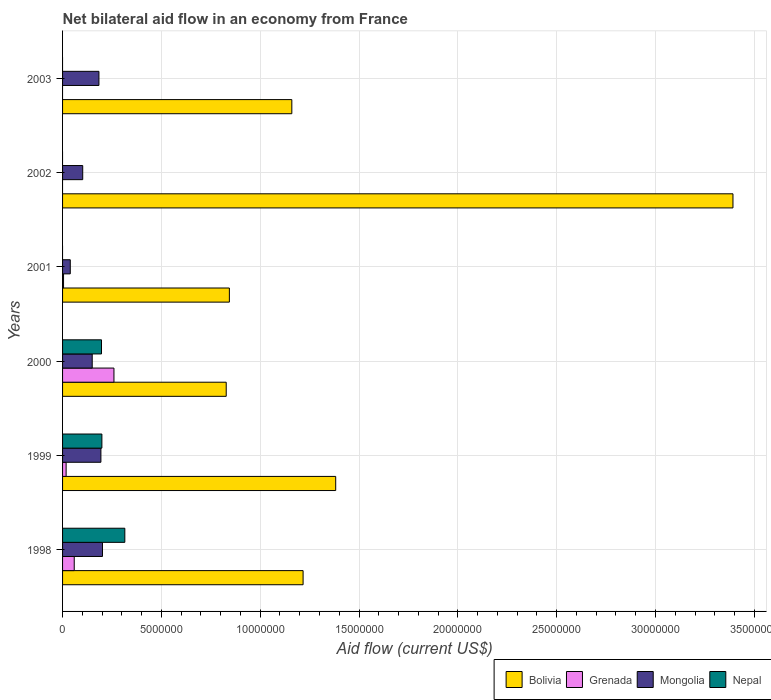
| Years | Bolivia | Grenada | Mongolia | Nepal |
 | --- | --- | --- | --- | --- |
 | 1998 | 1.22e+07 | 5.9e+05 | 2.02e+06 | 3.15e+06 |
 | 1999 | 1.38e+07 | 1.8e+05 | 1.94e+06 | 1.99e+06 |
 | 2000 | 8.28e+06 | 2.6e+06 | 1.5e+06 | 1.97e+06 |
 | 2001 | 8.44e+06 | 5e+04 | 3.9e+05 | -6.1e+05 |
 | 2002 | 3.39e+07 | -3e+04 | 1.02e+06 | -1.92e+06 |
 | 2003 | 1.16e+07 | -2e+04 | 1.84e+06 | -8.7e+05 |